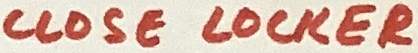
Text: CLOSE LOCKER